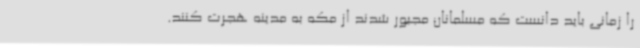
را زمانی باید دانست که مسلمانان مجبور شدند از مکه به مدینه هجرت کنند.